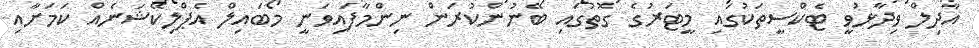
އާދިލް ވިދާޅުވީ ޓެކްސީތަކުގައި މީޓަރުގެ ގޮތުގައި ބޭނުންކުރަން ނިންމާފައިވަނީ މޯބައިލް އެޕްލިކޭޝަނެއް ކަމަށާއި